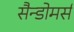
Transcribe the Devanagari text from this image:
सैन्डोमर्स